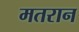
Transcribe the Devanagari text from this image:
मतरान